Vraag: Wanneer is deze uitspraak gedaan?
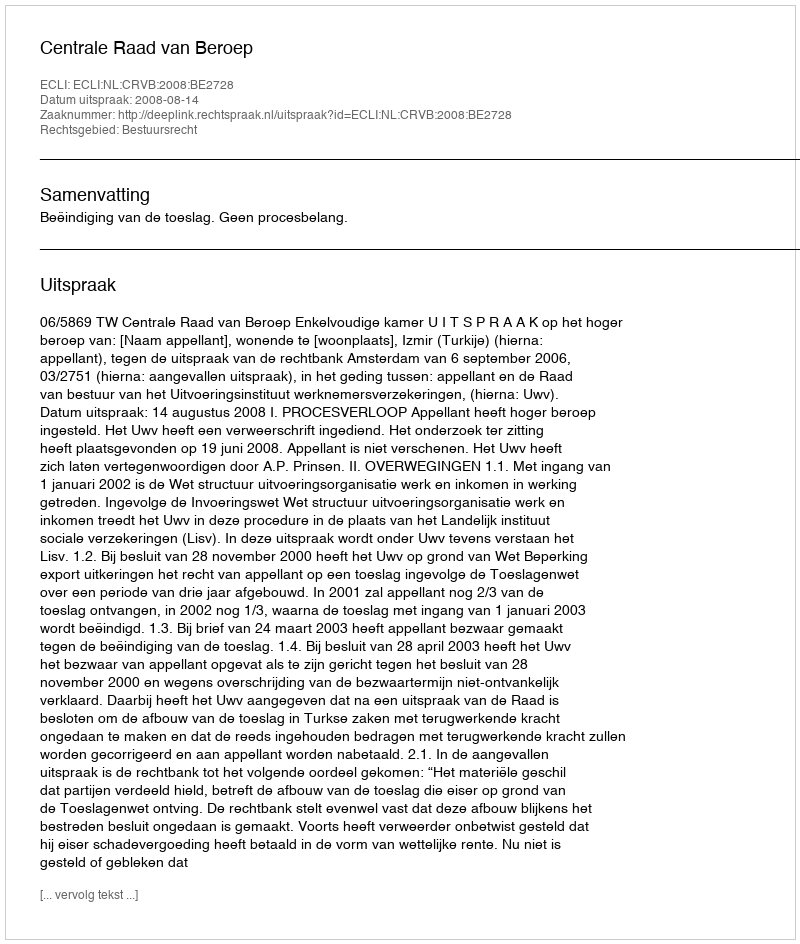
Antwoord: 2008-08-14